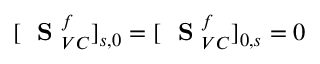
[ \mathrm { ~ \bf ~ S ~ } _ { V C } ^ { f } ] _ { s , 0 } = [ \mathrm { ~ \bf ~ S ~ } _ { V C } ^ { f } ] _ { 0 , s } = 0